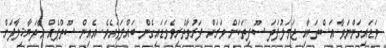
ވަޑައިގަންނަވާ އަސްތަކާއި ޖަމަލުފަދަ ސޫފިތަކަށް ވަރަށް ފަރުވާތެރިވެވަޑައިގެން ބައްލަވައެވެ. އެއިން ސޫތްޕެއް އާދަޔާޚިލާފަށް